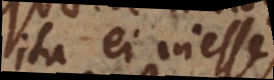
ita ei inesse,